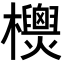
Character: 𣠙